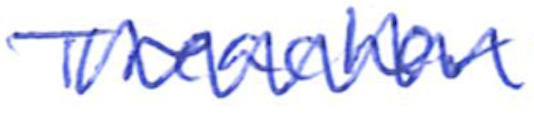
Text: Treacher
Cross-out: zig-zag
Writing tool: ballpoint